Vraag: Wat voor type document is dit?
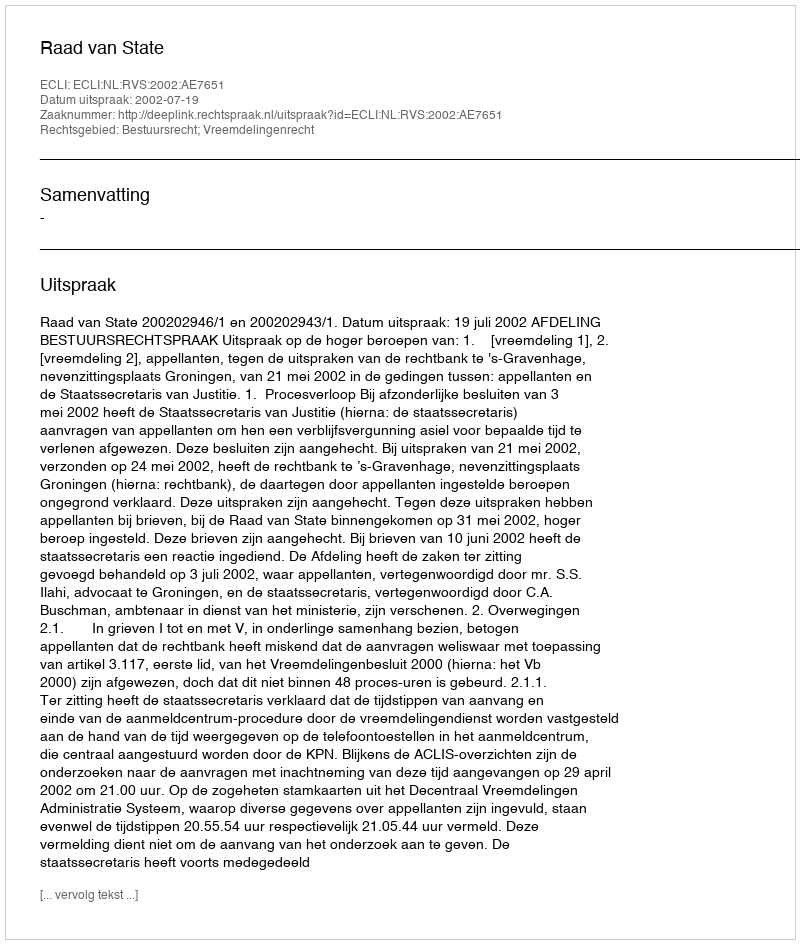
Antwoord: Uitspraak